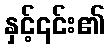
နှင့်၎င်း၏